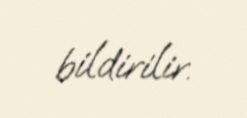
bildirilir.